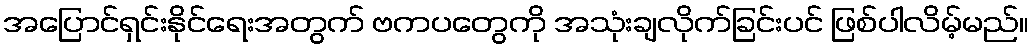
အပြောင်ရှင်းနိုင်ရေးအတွက် ဗကပတွေကို အသုံးချလိုက်ခြင်းပင် ဖြစ်ပါလိမ့်မည်။